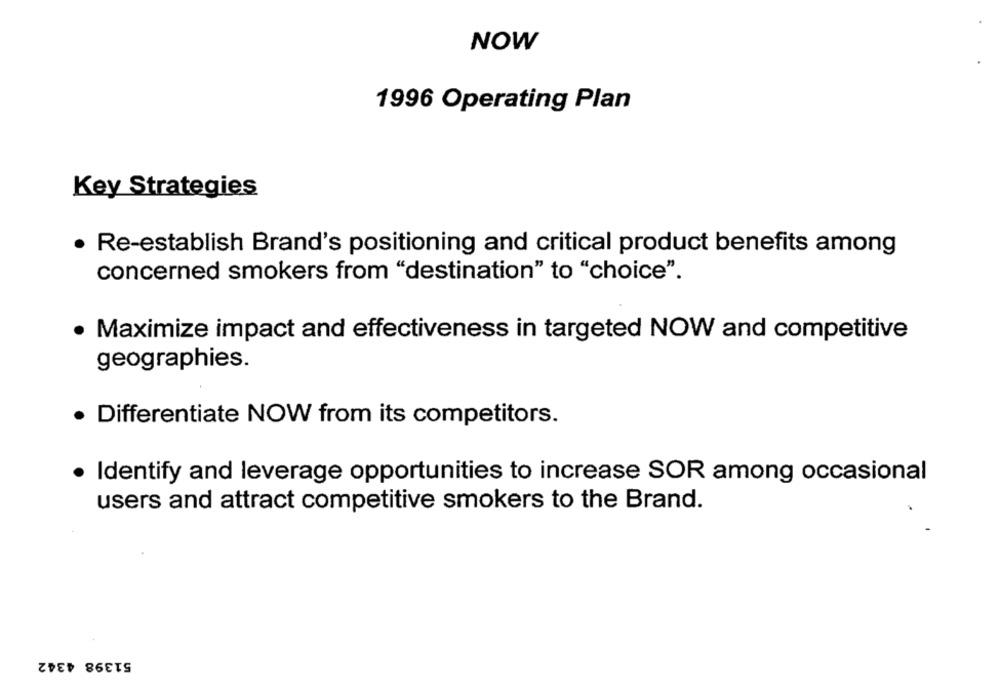
NOW
1996 Operating Plan
Key Strategies
Re-establish Brand's positioning and critical product benefits among
concerned smokers from "destination" to "choice".
Maximize impact and effectiveness in targeted NOW and competitive
geographies.
· Differentiate NOW from its competitors.
Identify and leverage opportunities to increase SOR among occasional
users and attract competitive smokers to the Brand.
51398 4342